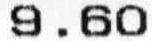
9.60